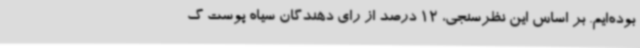
بوده‌ایم. بر اساس این نظرسنجی، 12 درصد از رای دهندگان سیاه پوست گ